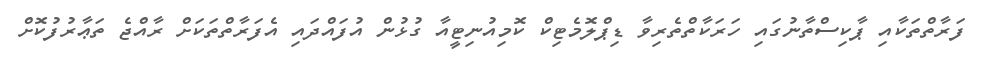
ފަރާތްތަކާއި ޕާކިސްތާނުގައި ހަރަކާތްތެރިވާ ޑިޕްލޮމެޓިކް ކޮމިއުނިޓީއާ ގުޅުން އުފައްދައި އެފަރާތްތަކަށް ރާއްޖެ ތަޢާރުފުކޮށް